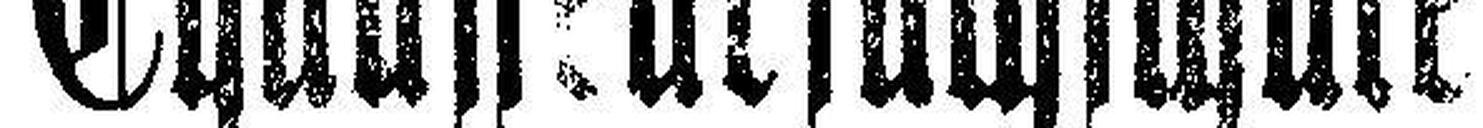
Chauffeurfachschule